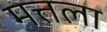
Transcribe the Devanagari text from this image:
मत्तला